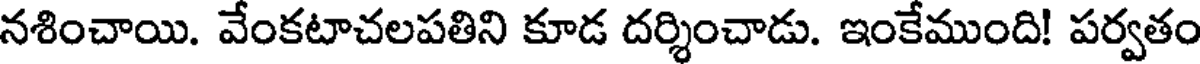
నశించాయి. వేంకటాచలపతిని కూడ దర్శించాడు. ఇంకేముంది! పర్వతం